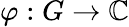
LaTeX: \varphi:G\to\mathbb{C}